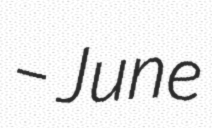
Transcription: – June